Civil Veterinary Department. Madras. Admin. report 1926-33 - 1926-1933
Year: 1926
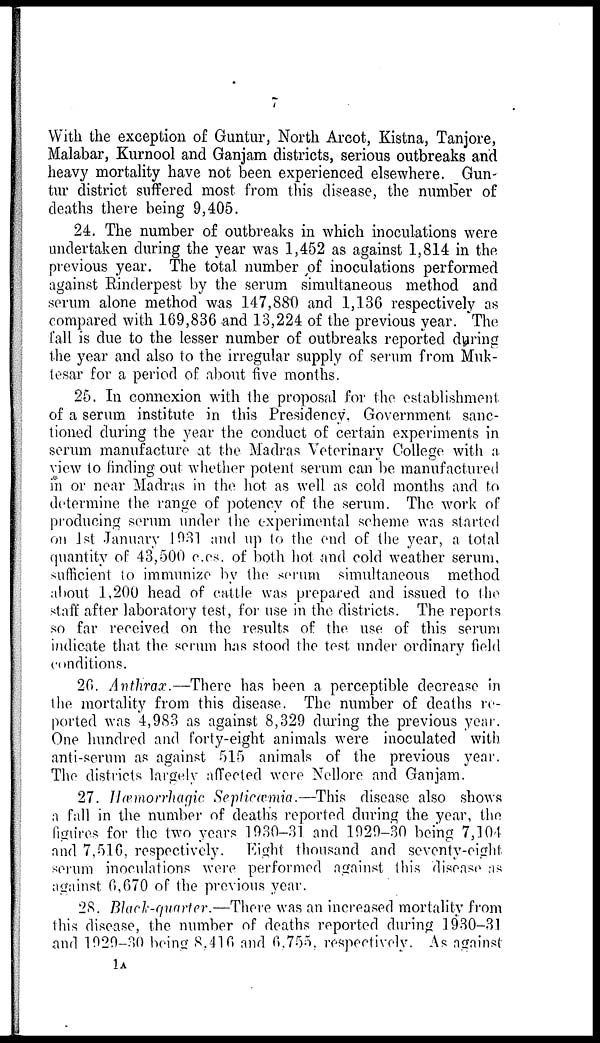
With the exception of Guntur, North Arcot, Kistna, Tanjore,
Malabar, Kurnool and Ganjam districts, serious outbreaks and
heavy mortality have not been experienced elsewhere. Gun-
tur district suffered most from this disease, the number of
deaths there being 9,405.
24. The number of outbreaks in which inoculations were
undertaken during the year was 1,452 as against 1,814 in the
previous year. The total number of inoculations performed
against Rinderpest by the serum simultaneous method and
serum alone method was 147,880 and 1,136 respectively as
compared with 169,836 and 13,224 of the previous year. The
fall is due to the lesser number of outbreaks reported during
the year and also to the irregular supply of serum from Muk-
tesar for a period of about five months.
25. In connexion with the proposal for the establishment
of a serum institute in this Presidency, Government sanc-
tioned during the year the conduct of certain experiments in
serum manufacture at the Madras Veterinary College with a
view to finding out whether potent serum can be manufactured
in or near Madras in the hot as well as cold months and to
determine the range of potency of the serum. The work of
producing serum under the experimental scheme was started
on 1st January 1931 and up to the end of the year, a total
quantity of 43,500 c.cs. of both hot and cold weather serum,
sufficient to immunize by the serum simultaneous method
about 1,200 head of cattle was prepared and issued to the
staff after laboratory test, for use in the districts. The reports
so far received on the results of the use of this serum
indicate that the serum has stood the test under ordinary field
conditions.
26. Anthrax.—There has been a perceptible decrease in
the mortality from this disease. The number of deaths re-
ported was 4,983 as against 8,329 during the previous year.
One hundred and forty-eight animals were inoculated with
anti-serum as against 515 animals of the previous year.
The districts largely affected were Nellore and Ganjam.
27. Hæmorrhagic Septicæmia.—This disease also shows
a fall in the number of deaths reported during the year, the
figures for the two years 1930-31 and 1929-30 being 7,104
and 7,516, respectively. Eight thousand and seventy-eight
serum inoculations were performed against this disease as
against 6,670 of the previous year.
28. Black-quarter.—There was an increased mortality from
this disease, the number of deaths reported during 1930-31
and 1929-30 being 8,416 and 6,755, respectively. As against
1A